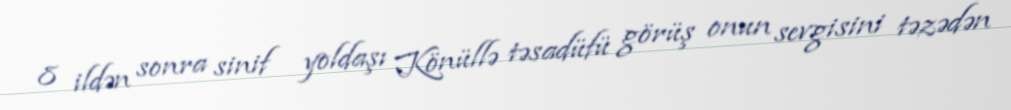
8 ildən sonra sinif yoldaşı Könüllə təsadüfü görüş onun sevgisini təzədən